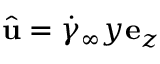
\hat { \mathbf { u } } = \dot { \gamma } _ { \infty } y \mathbf { e } _ { z }